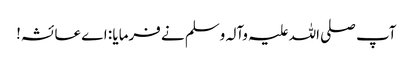
آپ صلی اللہ علیہ وآلہ وسلم نے فرمایا : اے عائشہ!